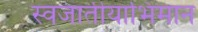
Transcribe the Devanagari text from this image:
स्वजातीयाभिमान